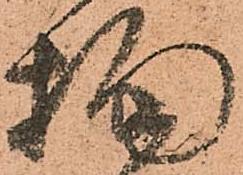
拘